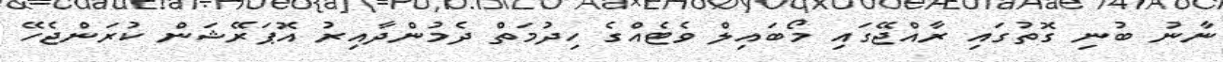
ނާނު ބުނި ގޮތުގައި ރާއްޖޭގައި މޯބައިލް ވެޓެއްގެ ހިދުމަތް ދެމުންދާއިރު އޮޕަރޭޝަން ކުރަންޖެހޭ